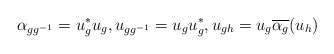
\begin{align*} \alpha_{g g^{-1}} = u_g^* u_g, u_{g g^{-1}} = u_{g} u_{g}^*,u_{g h} = u_g \overline{\alpha_g}(u_h)\end{align*}